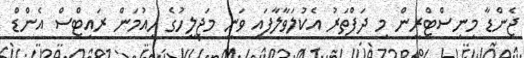
ޖެންޑާ މިނިސްޓްރީން މި ދަފްތަރު އެކުލަވާލާފައި ވަނީ މަޖިލީހުގެ ހިއުމަން ރައިޓްސް އެންޑް